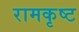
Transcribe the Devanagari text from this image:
रामकृष्ट